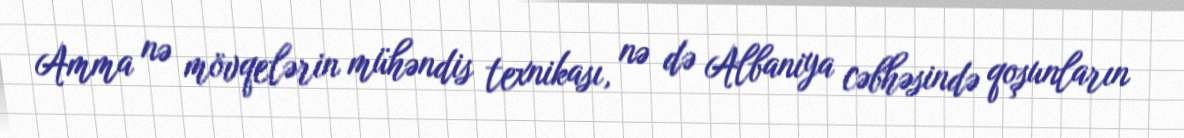
Amma nə mövqelərin mühəndis texnikası, nə də Albaniya cəbhəsində qoşunların